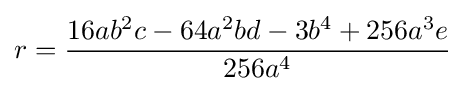
r={\frac {16ab^{2}c-64a^{2}bd-3b^{4}+256a^{3}e}{256a^{4}}}